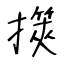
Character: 擌